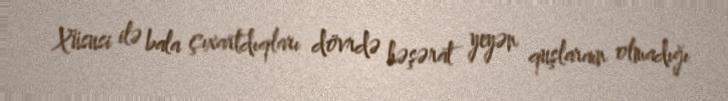
Xüsusi ilə bala çıxartdıqları dövrdə həşərat yeyən quşlaraın olmadığı